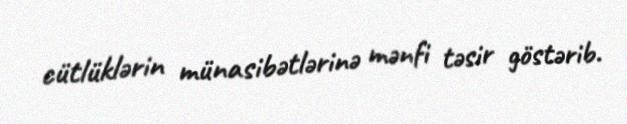
cütlüklərin münasibətlərinə mənfi təsir göstərib.